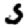
Digit: 5